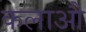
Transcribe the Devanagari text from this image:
कलाऔ